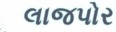
લાજપોર